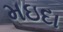
મઇદા